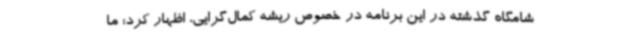
شامگاه گذشته در این برنامه در خصوص ریشه کمال‌گرایی، اظهار کرد: ما